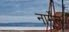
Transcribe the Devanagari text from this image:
नार्मेंल